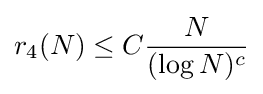
r_{4}(N)\leq C{\frac {N}{(\log N)^{c}}}